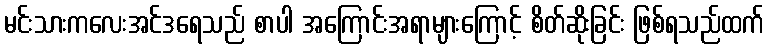
မင်းသားကလေးအင်ဒရေသည် စာပါ အကြောင်းအရာများကြောင့် စိတ်ဆိုးခြင်း ဖြစ်ရသည်ထက်